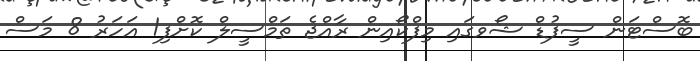
ބޮސްޓަން ސީފުޑް ޝޯވގައި މިފްކޯއިން ރާއްޖެ ތަމްސީލް ކޮށްފި1 އަހަރު 8 މަސް